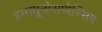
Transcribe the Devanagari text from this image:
इम्मयूनोसप्पेस्सिव